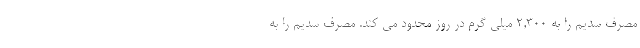
مصرف سدیم را به 2,300 میلی گرم در روز محدود می کند. مصرف سدیم را به